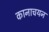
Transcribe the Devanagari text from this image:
कानाचयन